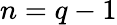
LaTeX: n=q-1